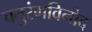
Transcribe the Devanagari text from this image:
चतुरंगविनोद